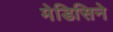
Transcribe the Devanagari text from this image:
मेडिसिने